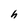
Character: h